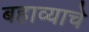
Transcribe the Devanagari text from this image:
बहाव्याचे